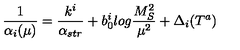
\frac { 1 } { \alpha _ { i } ( \mu ) } = \frac { k ^ { i } } { \alpha _ { s t r } } + b _ { 0 } ^ { i } l o g \frac { M _ { S } ^ { 2 } } { \mu ^ { 2 } } + \Delta _ { i } ( T ^ { a } )